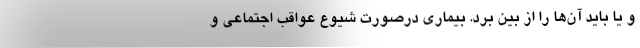
و یا باید آن‌ها را از بین برد. بیماری درصورت شیوع عواقب اجتماعی و